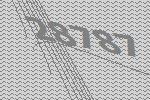
28787